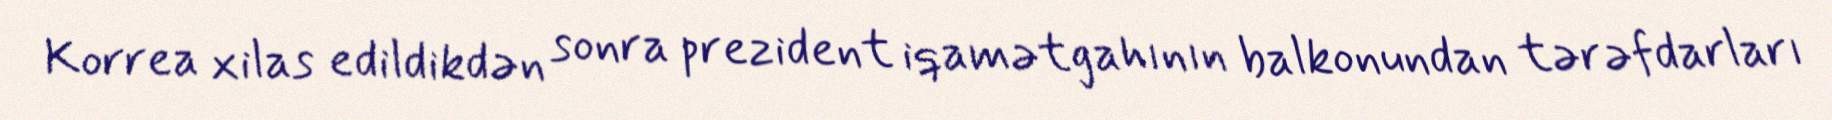
Korrea xilas edildikdən sonra prezident iqamətgahının balkonundan tərəfdarları